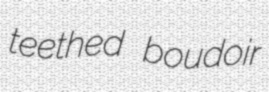
teethed boudoir